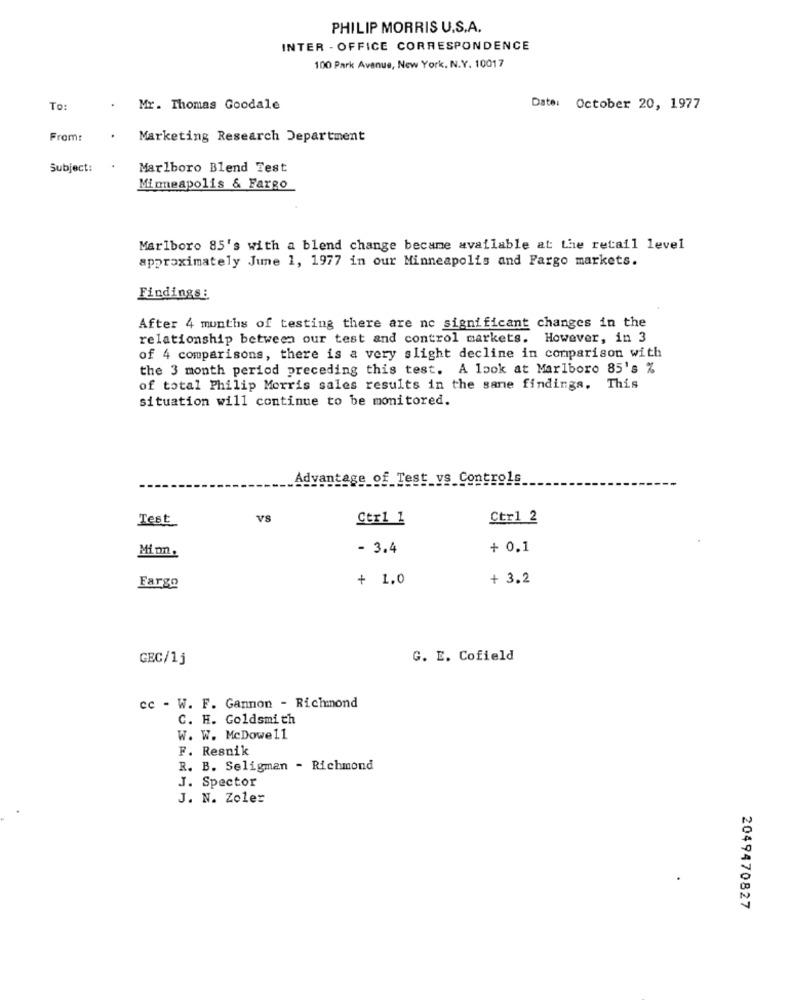
PHILIP MORRIS U.S.A.
INTER - OFFICE CORRESPONDENCE
100 Park Avenue, New York, N.Y. 10017
To:
Mr. Thomas Goodale
Date: October 20, 1977
From:
Marketing Research Department
Subject:
Marlboro Blend Test
Minneapolis & Fargo
Marlboro 85's with a blend change became available at the retail level
approximately June 1, 1977 in our Minneapolis and Fargo markets.
Findings:
After 4 months of testing there are no significant changes in the
relationship between our test and control markets. However, in 3
of 4 comparisons, there is a very slight decline in comparison with
the 3 month period preceding this test. A look at Marlboro 85's %
of total Philip Morris sales results in the same findings. This
situation will continue to be monitored.
Advantage of Test vs Controls
Test
VS
Ctr1 1
Ctr1 2
- 3.4
+ 0.1
Minn.
Fargo
+ 1.0
+ 3.2
GEC/1j
G. E. Cofield
cc - W. F. Gannon - Richmond
C. H. Goldsmith
W. W. McDowell
F. Resnik
R. B. Seligman - Richmond
J. Spector
J. N. Zoler
2049470827